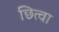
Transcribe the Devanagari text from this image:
छित्वा